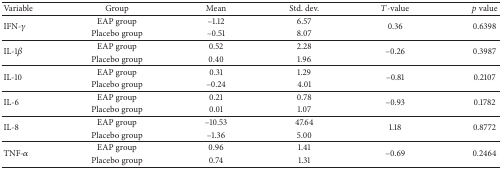
<table><thead><tr><td><b>Variable</b></td><td><b>Group</b></td><td><b>Mean</b></td><td><b>Std. dev.</b></td><td><b><i>T</i>-value</b></td><td><b><i>p</i> value</b></td></tr></thead><tbody><tr><td rowspan="2">IFN-<i>γ</i></td><td>EAP group</td><td>–1.12</td><td>6.57</td><td rowspan="2">0.36</td><td rowspan="2">0.6398</td></tr><tr><td>Placebo group</td><td>–0.51</td><td>8.07</td></tr><tr><td rowspan="2">IL-1<i>β</i></td><td>EAP group</td><td>0.52</td><td>2.28</td><td rowspan="2">–0.26</td><td rowspan="2">0.3987</td></tr><tr><td>Placebo group</td><td>0.40</td><td>1.96</td></tr><tr><td rowspan="2">IL-10</td><td>EAP group</td><td>0.31</td><td>1.29</td><td rowspan="2">–0.81</td><td rowspan="2">0.2107</td></tr><tr><td>Placebo group</td><td>–0.24</td><td>4.01</td></tr><tr><td rowspan="2">IL-6</td><td>EAP group</td><td>0.21</td><td>0.78</td><td rowspan="2">–0.93</td><td rowspan="2">0.1782</td></tr><tr><td>Placebo group</td><td>0.01</td><td>1.07</td></tr><tr><td rowspan="2">IL-8</td><td>EAP group</td><td>–10.53</td><td>47.64</td><td rowspan="2">1.18</td><td rowspan="2">0.8772</td></tr><tr><td>Placebo group</td><td>–1.36</td><td>5.00</td></tr><tr><td rowspan="2">TNF-<i>α</i></td><td>EAP group</td><td>0.96</td><td>1.41</td><td rowspan="2">–0.69</td><td rowspan="2">0.2464</td></tr><tr><td>Placebo group</td><td>0.74</td><td>1.31</td></tr></tbody></table>